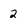
Character: 2